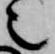
也